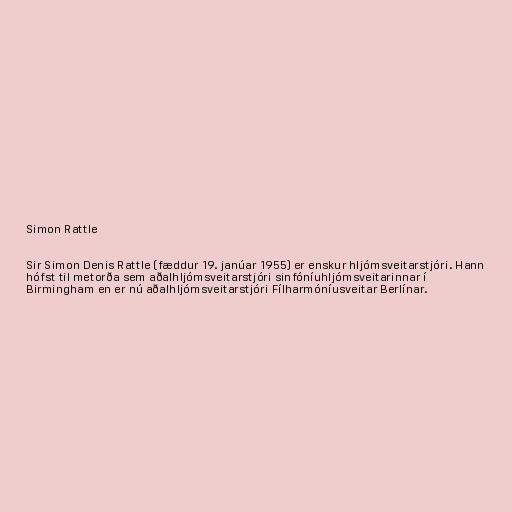
Simon Rattle

Sir Simon Denis Rattle (fæddur 19. janúar 1955) er enskur hljómsveitarstjóri. Hann
hófst til metorða sem aðalhljómsveitarstjóri sinfóníuhljómsveitarinnar í
Birmingham en er nú aðalhljómsveitarstjóri Fílharmóníusveitar Berlínar.